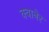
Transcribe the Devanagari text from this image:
क्वानेर